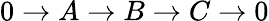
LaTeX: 0\rightarrow A\rightarrow B\rightarrow C\rightarrow 0